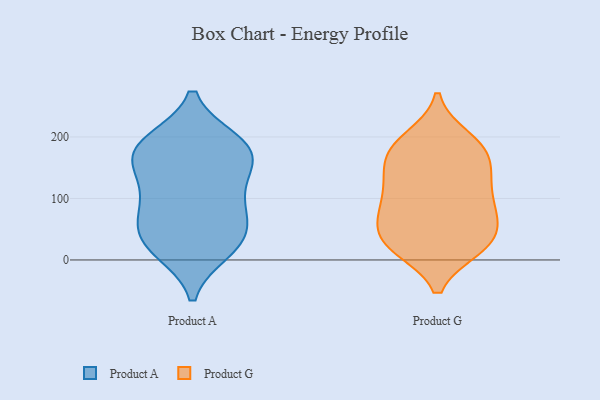
{"axis": {"x": "Tickets Resolved", "y": "Value"}, "legend": ["Product A", "Product G"], "data": [{"x": "", "y": 15, "type": "Product A"}, {"x": "", "y": 162, "type": "Product A"}, {"x": "", "y": 78, "type": "Product A"}, {"x": "", "y": 40, "type": "Product A"}, {"x": "", "y": 84, "type": "Product A"}, {"x": "", "y": 193, "type": "Product A"}, {"x": "", "y": 45, "type": "Product A"}, {"x": "", "y": 15, "type": "Product A"}, {"x": "", "y": 97, "type": "Product A"}, {"x": "", "y": 118, "type": "Product A"}, {"x": "", "y": 192, "type": "Product A"}, {"x": "", "y": 192, "type": "Product A"}, {"x": "", "y": 164, "type": "Product A"}, {"x": "", "y": 35, "type": "Product A"}, {"x": "", "y": 171, "type": "Product A"}, {"x": "", "y": 151, "type": "Product A"}, {"x": "", "y": 170, "type": "Product G"}, {"x": "", "y": 21, "type": "Product G"}, {"x": "", "y": 20, "type": "Product G"}, {"x": "", "y": 102, "type": "Product G"}, {"x": "", "y": 178, "type": "Product G"}, {"x": "", "y": 65, "type": "Product G"}, {"x": "", "y": 151, "type": "Product G"}, {"x": "", "y": 198, "type": "Product G"}, {"x": "", "y": 21, "type": "Product G"}, {"x": "", "y": 83, "type": "Product G"}, {"x": "", "y": 134, "type": "Product G"}, {"x": "", "y": 123, "type": "Product G"}, {"x": "", "y": 75, "type": "Product G"}, {"x": "", "y": 130, "type": "Product G"}, {"x": "", "y": 77, "type": "Product G"}, {"x": "", "y": 27, "type": "Product G"}, {"x": "", "y": 52, "type": "Product G"}, {"x": "", "y": 182, "type": "Product G"}, {"x": "", "y": 27, "type": "Product G"}, {"x": "", "y": 191, "type": "Product G"}]}